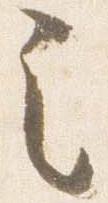
之